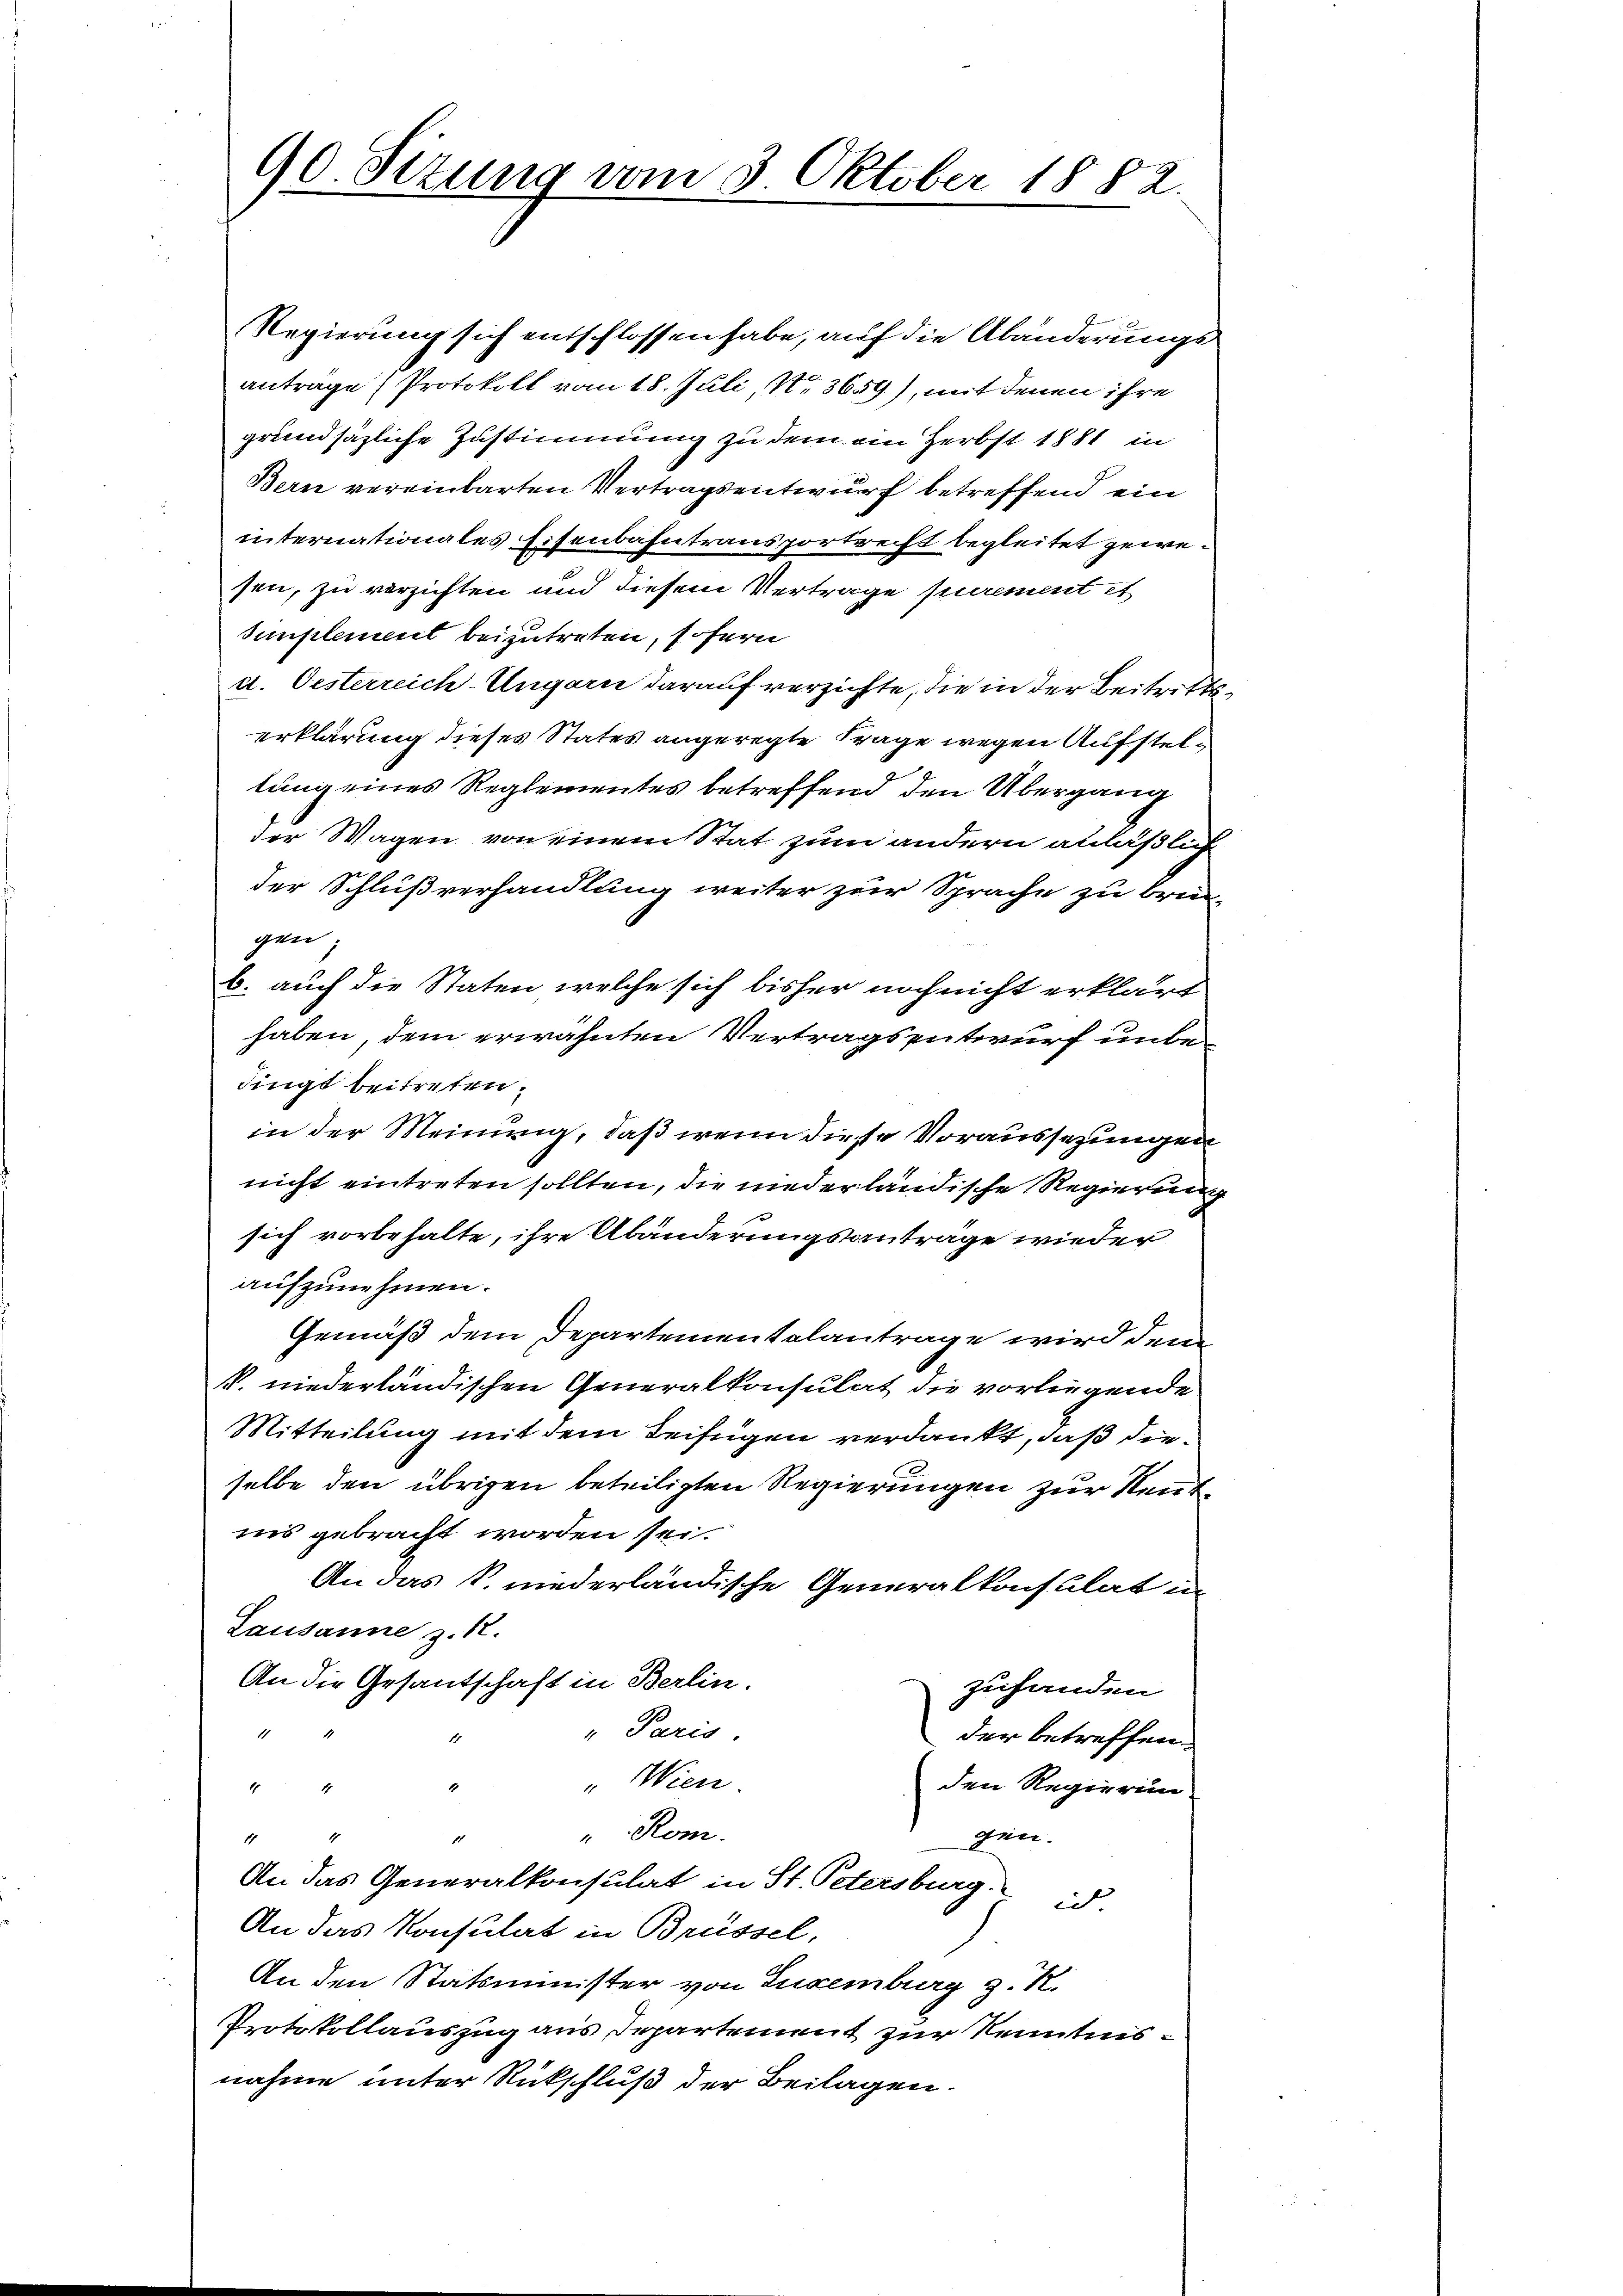
90. Sizung vom 3. Oktober 1882.

Regierung sich entschlossen habe, auf die Abänderungsantrage (Protokoll vom 18. Juli, N. 3659), mit denen ihre
grundsätzliche Zustimmung zu dem ein Herbst 1881 in
Bern vereinbarten Vertragsentwurf betreffend ein
internationales Eisenbahntransportrecht begleitet gewesen, zu verzichten und diesem Vertrage purement et
Simplement beizutreten, sofern
u. Oesterreich-Ungarn darauf verzichte, die in der Beitrittserklärung dieses States angeregte Frage wegen Aufstellung eines Reglementes betreffend den Übergang
der Wagen von einem Stat zum andern anläßliche
der Schlußverhandlung weiter zur Sprache zu bringen
b. auch die Staten welche sich bisher noch nicht erklärt
haben, dem erwähnten Vertragsentwurf unser
dingt beitreten.
in der Meinung, daß wenn diese Voraussezungen
nicht eintreten sollten, die niederländische Regierung
sich vorbehalte, ihre Abänderungsanträge wieder
aufzunehmen.
Gemäß dem Departementalantrage wird dem
V. niederländischen Generalkonsulat die vorliegende
Mitteilung mit dem Beifügen verdankt, daß dieselbe den übrigen beteiligten Regierungen zur Neut
ins gebracht worden sei.
An das k. niederländische Generalkonsulat in
Lausanne z. B.
An die Gesantschaft in Berlin.
zuhanden
" Paris.
der betreffen.
"Wien.
1
den Regierun
17
"Rom.
gen.
4
An das Generalkonsulat in St. Petersburg.
e
An das Konsulat in Brüssel,
An den Statsminister von Luxenburg z. R.
Protokollauszug aus Departement zur Kenntnisnahme unter Rückschluß der Beilagen.